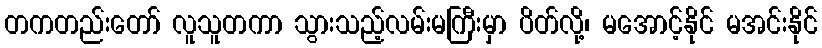
တကတည်းတော် လူသူတကာ သွားသည့်လမ်းမကြီးမှာ ပိတ်လို့၊ မအောင့်နိုင် မအင်းနိုင်